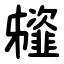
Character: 䪢